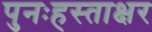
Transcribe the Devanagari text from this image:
पुनःहस्ताक्षर